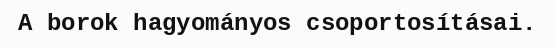
A borok hagyományos csoportosításai.